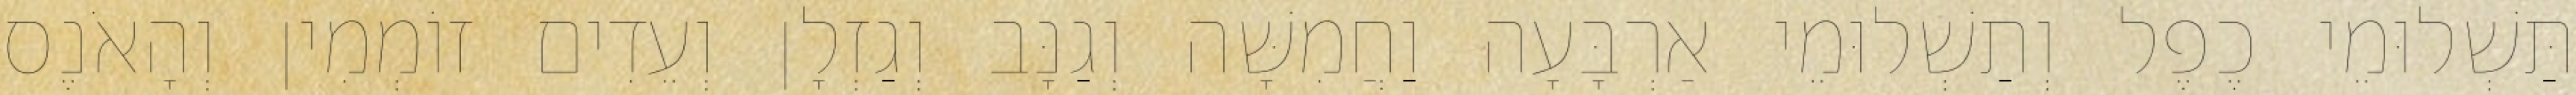
תַּשְׁלוּמֵי כֶפֶל וְתַשְׁלוּמֵי אַרְבָּעָה וַחֲמִשָּׁה וְגַנָּב וְגַזְלָן וְעֵדִים זוֹמְמִין וְהָאֹנֶס